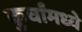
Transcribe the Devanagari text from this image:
कुर्चांमध्ये